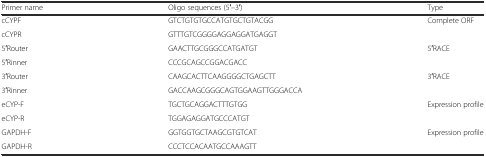
<table><thead><tr><td><b>Primer name</b></td><td><b>Oligo sequences (5′–3′)</b></td><td><b>Type</b></td></tr></thead><tbody><tr><td>cCYPF</td><td>GTCTGTGTGCCATGTGCTGTACGG</td><td rowspan="2">Complete ORF</td></tr><tr><td>cCYPR</td><td>GTTTGTCGGGGAGGAGGATGAGGT</td></tr><tr><td>5′Router</td><td>GAACTTGCGGGCCATGATGT</td><td rowspan="2">5′RACE</td></tr><tr><td>5′Rinner</td><td>CCCGCAGCCGGACGACC</td></tr><tr><td>3′Router</td><td>CAAGCACTTCAAGGGGCTGAGCTT</td><td rowspan="2">3′RACE</td></tr><tr><td>3′Rinner</td><td>GACCAAGCGGGCAGTGGAAGTTGGGACCA</td></tr><tr><td>eCYP-F</td><td>TGCTGCAGGACTTTGTGG</td><td rowspan="2">Expression profile</td></tr><tr><td>eCYP-R</td><td>TGGAGAGGATGCCCATGT</td></tr><tr><td>GAPDH-F</td><td>GGTGGTGCTAAGCGTGTCAT</td><td rowspan="2">Expression profile</td></tr><tr><td>GAPDH-R</td><td>CCCTCCACAATGCCAAAGTT</td></tr></tbody></table>